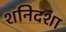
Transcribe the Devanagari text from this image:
शनिदशा